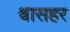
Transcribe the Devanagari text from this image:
श्वासहर